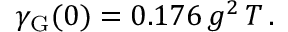
\gamma _ { \mathrm { G } } ( 0 ) = 0 . 1 7 6 \, g ^ { 2 } \, T \, .